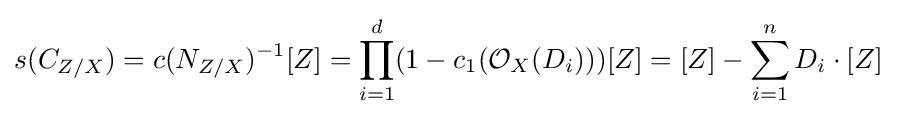
s(C_{Z/X})=c(N_{Z/X})^{-1}[Z]=\prod _{i=1}^{d}(1-c_{1}({\mathcal {O}}_{X}(D_{i})))[Z]=[Z]-\sum _{i=1}^{n}D_{i}\cdot [Z]